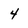
Character: 4